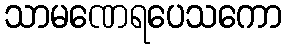
သာမဏေရပေသကော